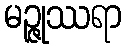
မဉ္ဇုဿရာ